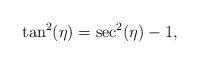
LaTeX: \begin{align*}\tan^2(\eta) = \sec^2(\eta) -1, \end{align*}